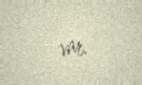
var.